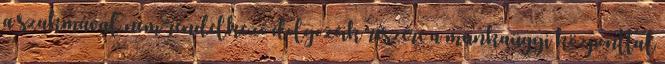
a szakmával nem rendelkezô dolgozóik részére a munkaügyi központtal